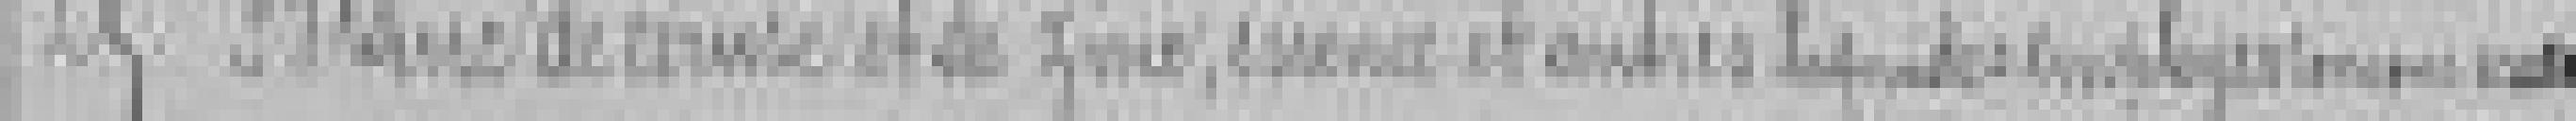
25. Blancs de *** et de zinc, essence et autres liquides employées ****